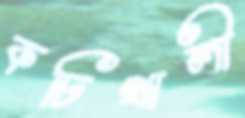
কচিখালী